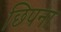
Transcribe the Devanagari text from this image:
छिपना